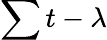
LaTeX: \sum t-\lambda